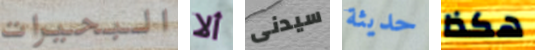
البحيرات ألا سيدنى حديثة هكذا